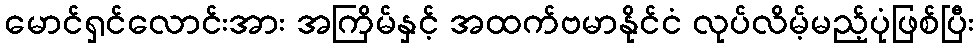
မောင်ရှင်လောင်းအား အကြိမ်နှင့် အထက်ဗမာနိုင်ငံ လုပ်လိမ့်မည့်ပုံဖြစ်ပြီး